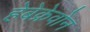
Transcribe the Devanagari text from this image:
हेबेक्रेवोन